Elephants and their diseases
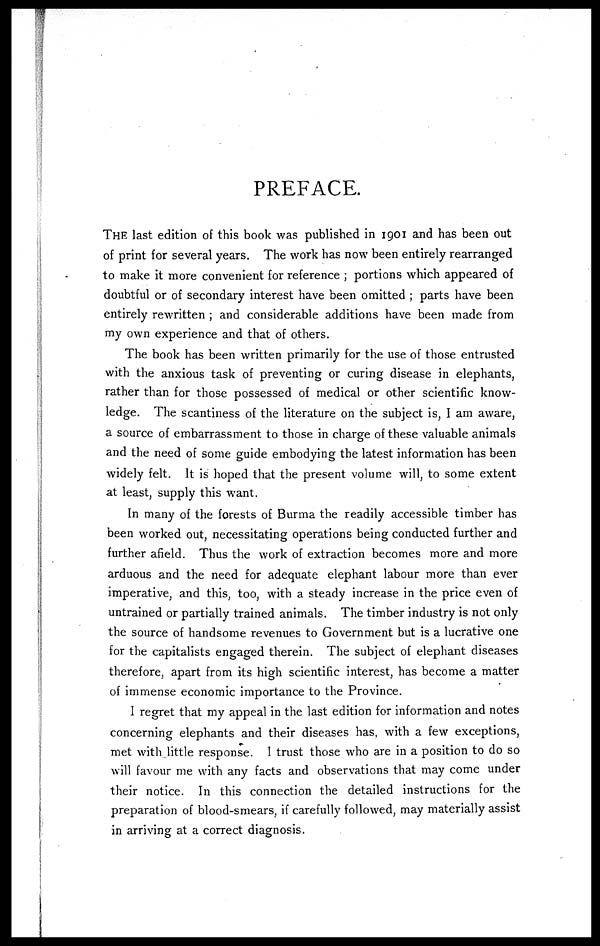
PREFACE.
THE last edition of this book was published in 1901 and has been out
of print for several years. The work has now been entirely rearranged
to make it more convenient for reference ; portions which appeared of
doubtful or of secondary interest have been omitted ; parts have been
entirely rewritten ; and considerable additions have been made from
my own experience and that of others.
The book has been written primarily for the use of those entrusted
with the anxious task of preventing or curing disease in elephants,
rather than for those possessed of medical or other scientific know-
ledge. The scantiness of the literature on the subject is, I am aware,
a source of embarrassment to those in charge of these valuable animals
and the need of some guide embodying the latest information has been
widely felt. It is hoped that the present volume will, to some extent
at least, supply this want.
In many of the forests of Burma the readily accessible timber has
been worked out, necessitating operations being conducted further and
further afield. Thus the work of extraction becomes more and more
arduous and the need for adequate elephant labour more than ever
imperative, and this, too, with a steady increase in the price even of
untrained or partially trained animals. The timber industry is not only
the source of handsome revenues to Government but is a lucrative one
for the capitalists engaged therein. The subject of elephant diseases
therefore, apart from its high scientific interest, has become a matter
of immense economic importance to the Province.
I regret that my appeal in the last edition for information and notes
concerning elephants and their diseases has, with a few exceptions,
met with little response. I trust those who are in a position to do so
will favour me with any facts and observations that may come under
their notice. In this connection the detailed instructions for the
preparation of blood-smears, if carefully followed, may materially assist
in arriving at a correct diagnosis.